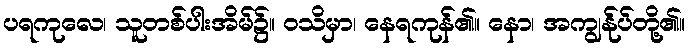
ပရကုလေ၊ သူတစ်ပါးအိမ်၌။ ဝသိမှာ၊ နေရကုန်၏။ နော၊ အကျွန်ုပ်တို့၏။